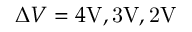
\Delta V = 4 \mathrm { { V } , 3 \mathrm { { V } , 2 \mathrm { { V } } } }